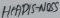
Text: HEADIS-NOSS